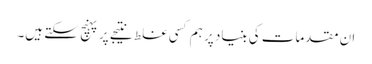
ان مقدمات کی بنیاد پر ہم کسی غلط نتیجے پر پہنچ سکتے ہیں۔